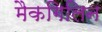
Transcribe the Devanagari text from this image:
मैकगिलिन